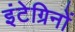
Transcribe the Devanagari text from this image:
इंटेग्रिनों